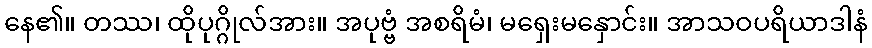
နေ၏။ တဿ၊ ထိုပုဂ္ဂိုလ်အား။ အပုဗ္ဗံ အစရိမံ၊ မရှေးမနှောင်း။ အာသဝပရိယာဒါနံ